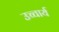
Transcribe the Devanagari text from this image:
उच्चार्य